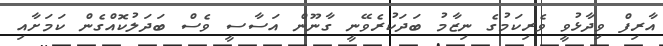
އާރިފް ވިދާޅުވީ ވެރިކަމުގެ ނިޒާމު ބަދަކުރެވޭނީ ގާނޫން އަސާސީ ވެސް ބަދަލުކޮއްގެން ކަމަށާއި